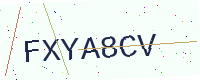
Text: FXYA8CV